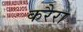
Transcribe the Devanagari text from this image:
करैरा